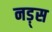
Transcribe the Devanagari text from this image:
नड़्स